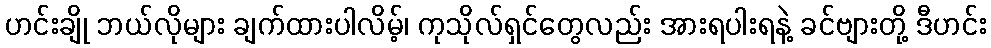
ဟင်းချို ဘယ်လိုများ ချက်ထားပါလိမ့်၊ ကုသိုလ်ရှင်တွေလည်း အားရပါးရနဲ့ ခင်ဗျားတို့ ဒီဟင်း